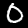
Digit: 0